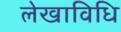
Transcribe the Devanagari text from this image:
लेखाविधि